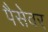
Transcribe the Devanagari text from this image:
पैसेवर